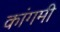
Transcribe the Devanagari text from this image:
कांगमी